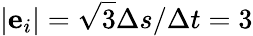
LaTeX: |\mathbf{e}_{i}|=\sqrt{3}\Delta s/\Delta t=3